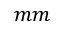
m m